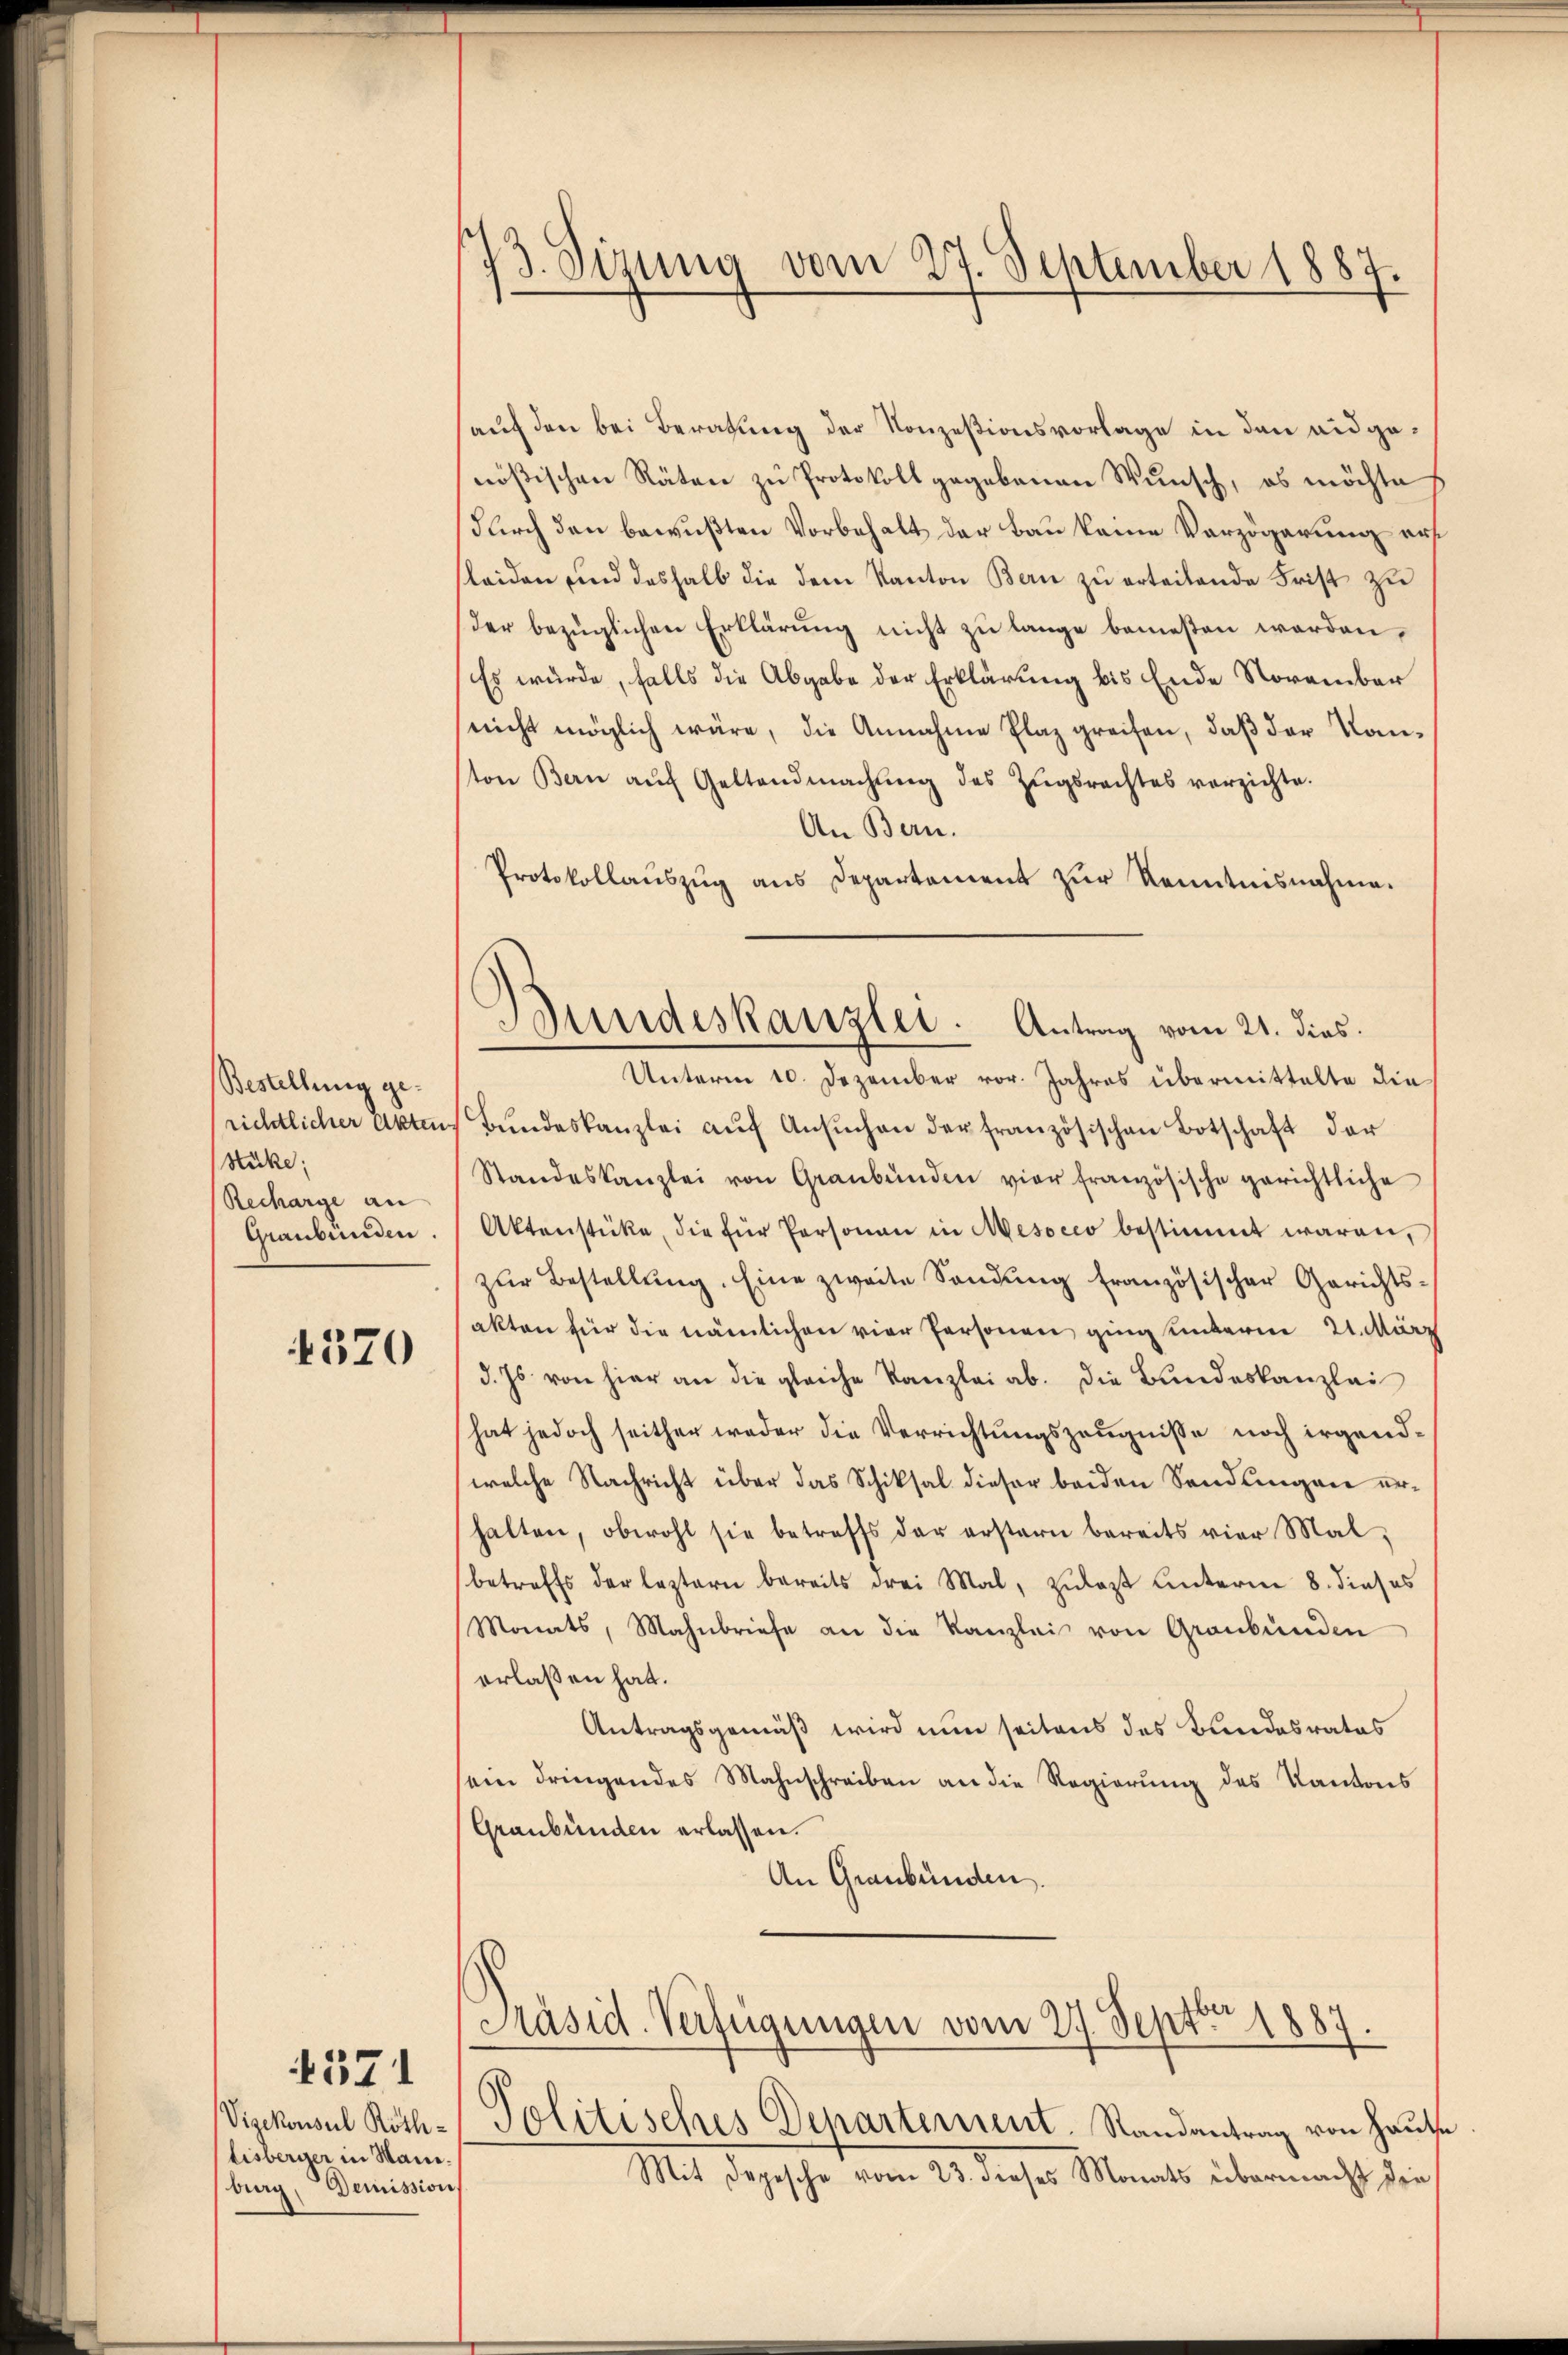
Bestellung gerichtlicher Akten
Hüke;
Recharge an
Graubünden.

4370

4371

Vizekonsul Rothlisberger in Mai.
burg, Demission,

13. Sizung vom 27. September 1887.

Bundeskanzlei. Antrag vom 21. dies.
Unterm 10. Dezember vor. Jahres übermittelte die

sauf den bei Beratung der Konzesionsvorlage in den eidgenößischen Räten zu Protokoll gegebenen Wunsch, es möchte
durch den bewußten Vorbehalt der Bau keine Verzögerung auf
leiden und deshalb die dem Kanton Bern zu erteilende Frist zu
der bezüglichen Erklärung nicht zu lange bemeßen werden,
Es würde, falls die Abgabe der Erklärung bis Ende November
nicht möglich wäre, die Annahme Plaz greifen, daß der Kanton Bern aŭf Geltendmachŭng des Zŭgsrechtes verzichte.
An Bern.
Protokollaŭszŭg ans Departement zŭr Kenntnisnahme.
Bŭndeskanzlei aŭf Ansŭchen der französischen Botschaft der
Standeskanzlei von Graubünden vier französische gerichtliche
Aktenstücke, die für Personen in Mesocco bestimmt waren,
zŭr Bestellŭng. Eine zweite Sandŭng französischer Gerichts-
akten für die nämlichen vier Personen ging unterm 21. März
d. Js. von hier an die gleiche Kanzlei ab. Die Bundeskanzlei
hat jedoch seither weder die Verrichtungszeugnisse noch irgendwelche Nachricht über das Schiksal dieser beiden Sendungen erhalten, obwohl sie betreffs der erstern bereits vier Malbetreffs der leztern bereits drei Mal, zulast Unterm 8. dieses
Monats, Mahnbriefe an die Kanzlei von Graubünden
erlaßen hat.
Antragsgemäß wird nun seitens des Bundesrates
ein dringendes Mahnschreiben an die Regierŭng des Kantons
Graubünden erlassen.
An Graubünden.
Präsid. Verfügungen vom 27. Sept. 1887.

Politisches Departement. Randantrag von Hause
Mit Depesche vom 23. dieses Monats übermacht die